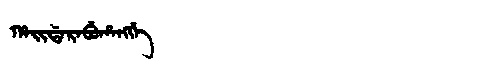
Manchu: ᡥᠠᡳᡩᠠᡵᠠᠪᡠᡥᠠᠩᡤᡝ
Romanization: HAIDARABUHANGGE